Sketch of the medical history of the native army of Bombay, for the year
Year: 1875
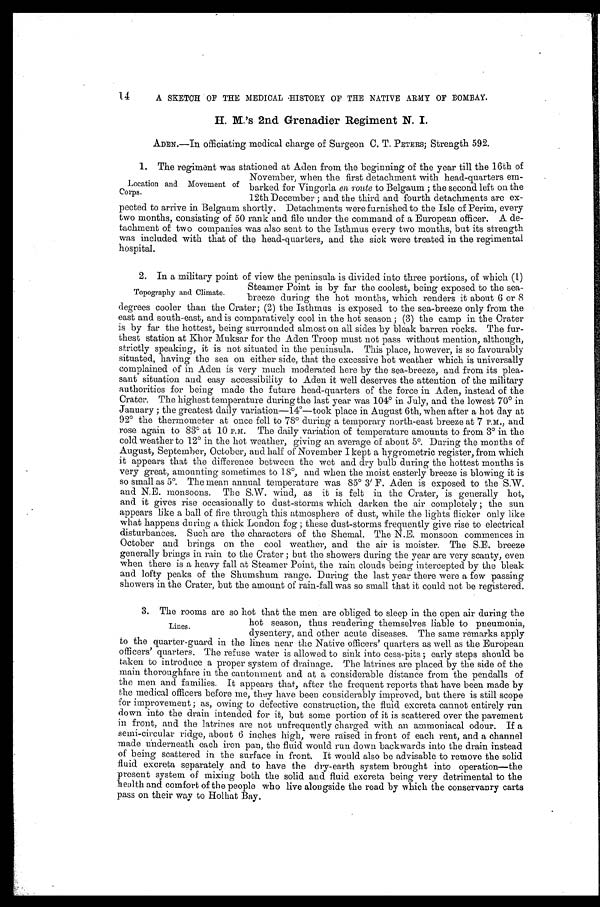
14
A SKETCH OF THE MEDICAL HISTORY OF THE NATIVE ARMY OF BOMBAY.
H. M.'s 2nd Grenadier Regiment N. I.
ADEN.—In officiating medical charge of Surgeon C. T. PETERS; Strength 592.
1.The regiment was stationed at Aden from the beginning of the year till the 16th of
November, when the first detachment with head-quarters em
-barked for Vingorla en route to Belgaum ;t h e s e c o n d l e f t o n t h e
12th December ; and the third and fourth detachments are ex
- p e c t e d t o a r r i v e i n B e l g a u m s h o r t l y . D e t a c h m e n t s w e r e f u r n i s h e d t o t h e I s l e o f P e r i m , e v e r y
two months, consisting of 50 rank and file under the command of a European officer. A de-
- t a c h m e n t o f t w o c o m p a n i e s w a s a l s o s e n t t o t h e I s t h m u s e v e r y t w o m o n t h s , b u t i t s s t r e n g t h
was included with that of the head-quarters, and the sick were treated in the regimental
hospital.
2. In a military point of view the peninsula is divided into three portions, of which (1)
Steamer Point is by far the coolest, being exposed to the sea
- b r e e z e d u r i n g t h e h o t m o n t h s , w h i c h r e n d e r s i t a b o u t 6 o r 8
degrees cooler than the Crater; (2) the Isthmus is exposed to the sea-breeze only from the
east and south-east, and is comparatively cool in the hot season ; (3) the camp in the Crater
is by far the hottest, being surrounded almost on all sides by bleak barren rocks. The fur
- t h e s t s t a t i o n a t K h o r M u k s a r f o r t h e A d e n T r o o p m u s t n o t p a s s w i t h o u t m e n t i o n , a l t h o u g h ,
strictly speaking, it is not situated in the peninsula. This place, however is so favourably
situated, having the sea on either side, that the excessive hot weather which is universally
complained of in Aden is very much moderated here by the sea-breeze, and from its plea
- s a n t s i t u a t i o n a n d e a s y a c c e s s i b i l i t y t o A d e n i t w e l l d e s e r v e s t h e a t t e n t i o n o f t h e m i l i t a r y
authorities for being made the future head-quarters of the force in Aden, instead of the
Crater. The highest temperature during the last year was 104° in July, and the lowest 70° in
January ; the greatest daily variation—l4º—took place in August 6th, when after a hot day at
92° the thermometer at once fell to 78° during a temporary north-east breeze at 7 P.M., and
rose again to 83° at 10 P.M. The daily variation of temperature amounts to from 3° in. the
cold weather to 12° in the hot weather, giving an average of about 5°. During the months of
August, September, October, and half of November I kept a hygrometric register, from which
it appears that the difference between the wet and dry bulb during the hottest months is
very great, amounting sometimes to 18°, and when the moist easterly breeze is blowing it is
so small as 5°. The mean annual temperature was 85° 3' F. Aden is exposed to theS.W.
and N.E. monsoons. The S.W. wind, as it is felt in the Crater, is generally hot,
and it gives rise occasionally to dust-storms which darken the air completely ; the sun
appears like a ball of fire through this atmosphere of dust, while the lights flicker only like
what happens during a thick London fog ; these dust-storms frequently give rise to electrical
disturbances. Such are the characters of the Shemal. The N.E. monsoon commences in
October and brings on the cool weather, and the air is moister. The S.E. breeze
generally brings in rain to the Crater ; but the showers during the year are very scanty, even.
when there is a heavy fall at Steamer Point, the rain clouds being intercepted by the bleak
and lofty peaks of the Shumshum range. During the last year there were a few passing
showers in the Crater, but the amount of rain-fall was so small that it could not be registered.
3. The rooms are so hot that the men are obliged to sleep in the open air during the
hot season, thus rendering themselves liable to pneumonia,
dysentery, and other acute diseases. The same remarks apply
to the quarter-guard in the lines near the Native officers' quarters as well as the European
officers' quarters. The refuse water is allowed to sink into cess-pits ; early steps should be
taken to introduce a proper system of drainage. The latrines are placed by the side of the
main thoroughfare in the cantonment and at a considerable distance from the pendalls of
the men and families. It appears that, after the frequent reports that have been made by
the medical officers before me, they have been considerably improved, but there is still scope
for improvement ; as, owing to defective construction, the fluid excreta cannot entirely run
down into the drain intended for it, but some portion of it is scattered over the pavement
in front, and the latrines are not unfrequently charged with an ammoniacal odour. If a
semi-circular ridge, about 6 inches high, were raised in front of each rent, and a channel
made underneath each iron pan, the fluid would run down backwards into the drain instead
of being scattered in the surface in front. It would also be advisable to remove the solid
fluid excreta separately and to have the dry-earth system brought into operation—the
present system of mixing both the solid and fluid excreta being very detrimental to the
health and comfort of the people who live alongside the road by which the conservanry carts
pass on their way to Holhat Bay.
Location and Movement of
Corps.
Topography and Climate.
Lines.